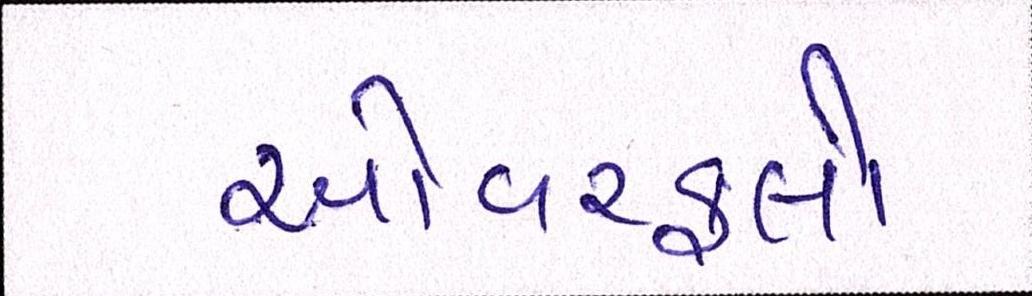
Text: ઓવરફ્લો